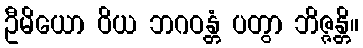
ဦမိယော ဝိယ ဘဂဝန္တံ ပတွာ ဘိဇ္ဇန္တိ။